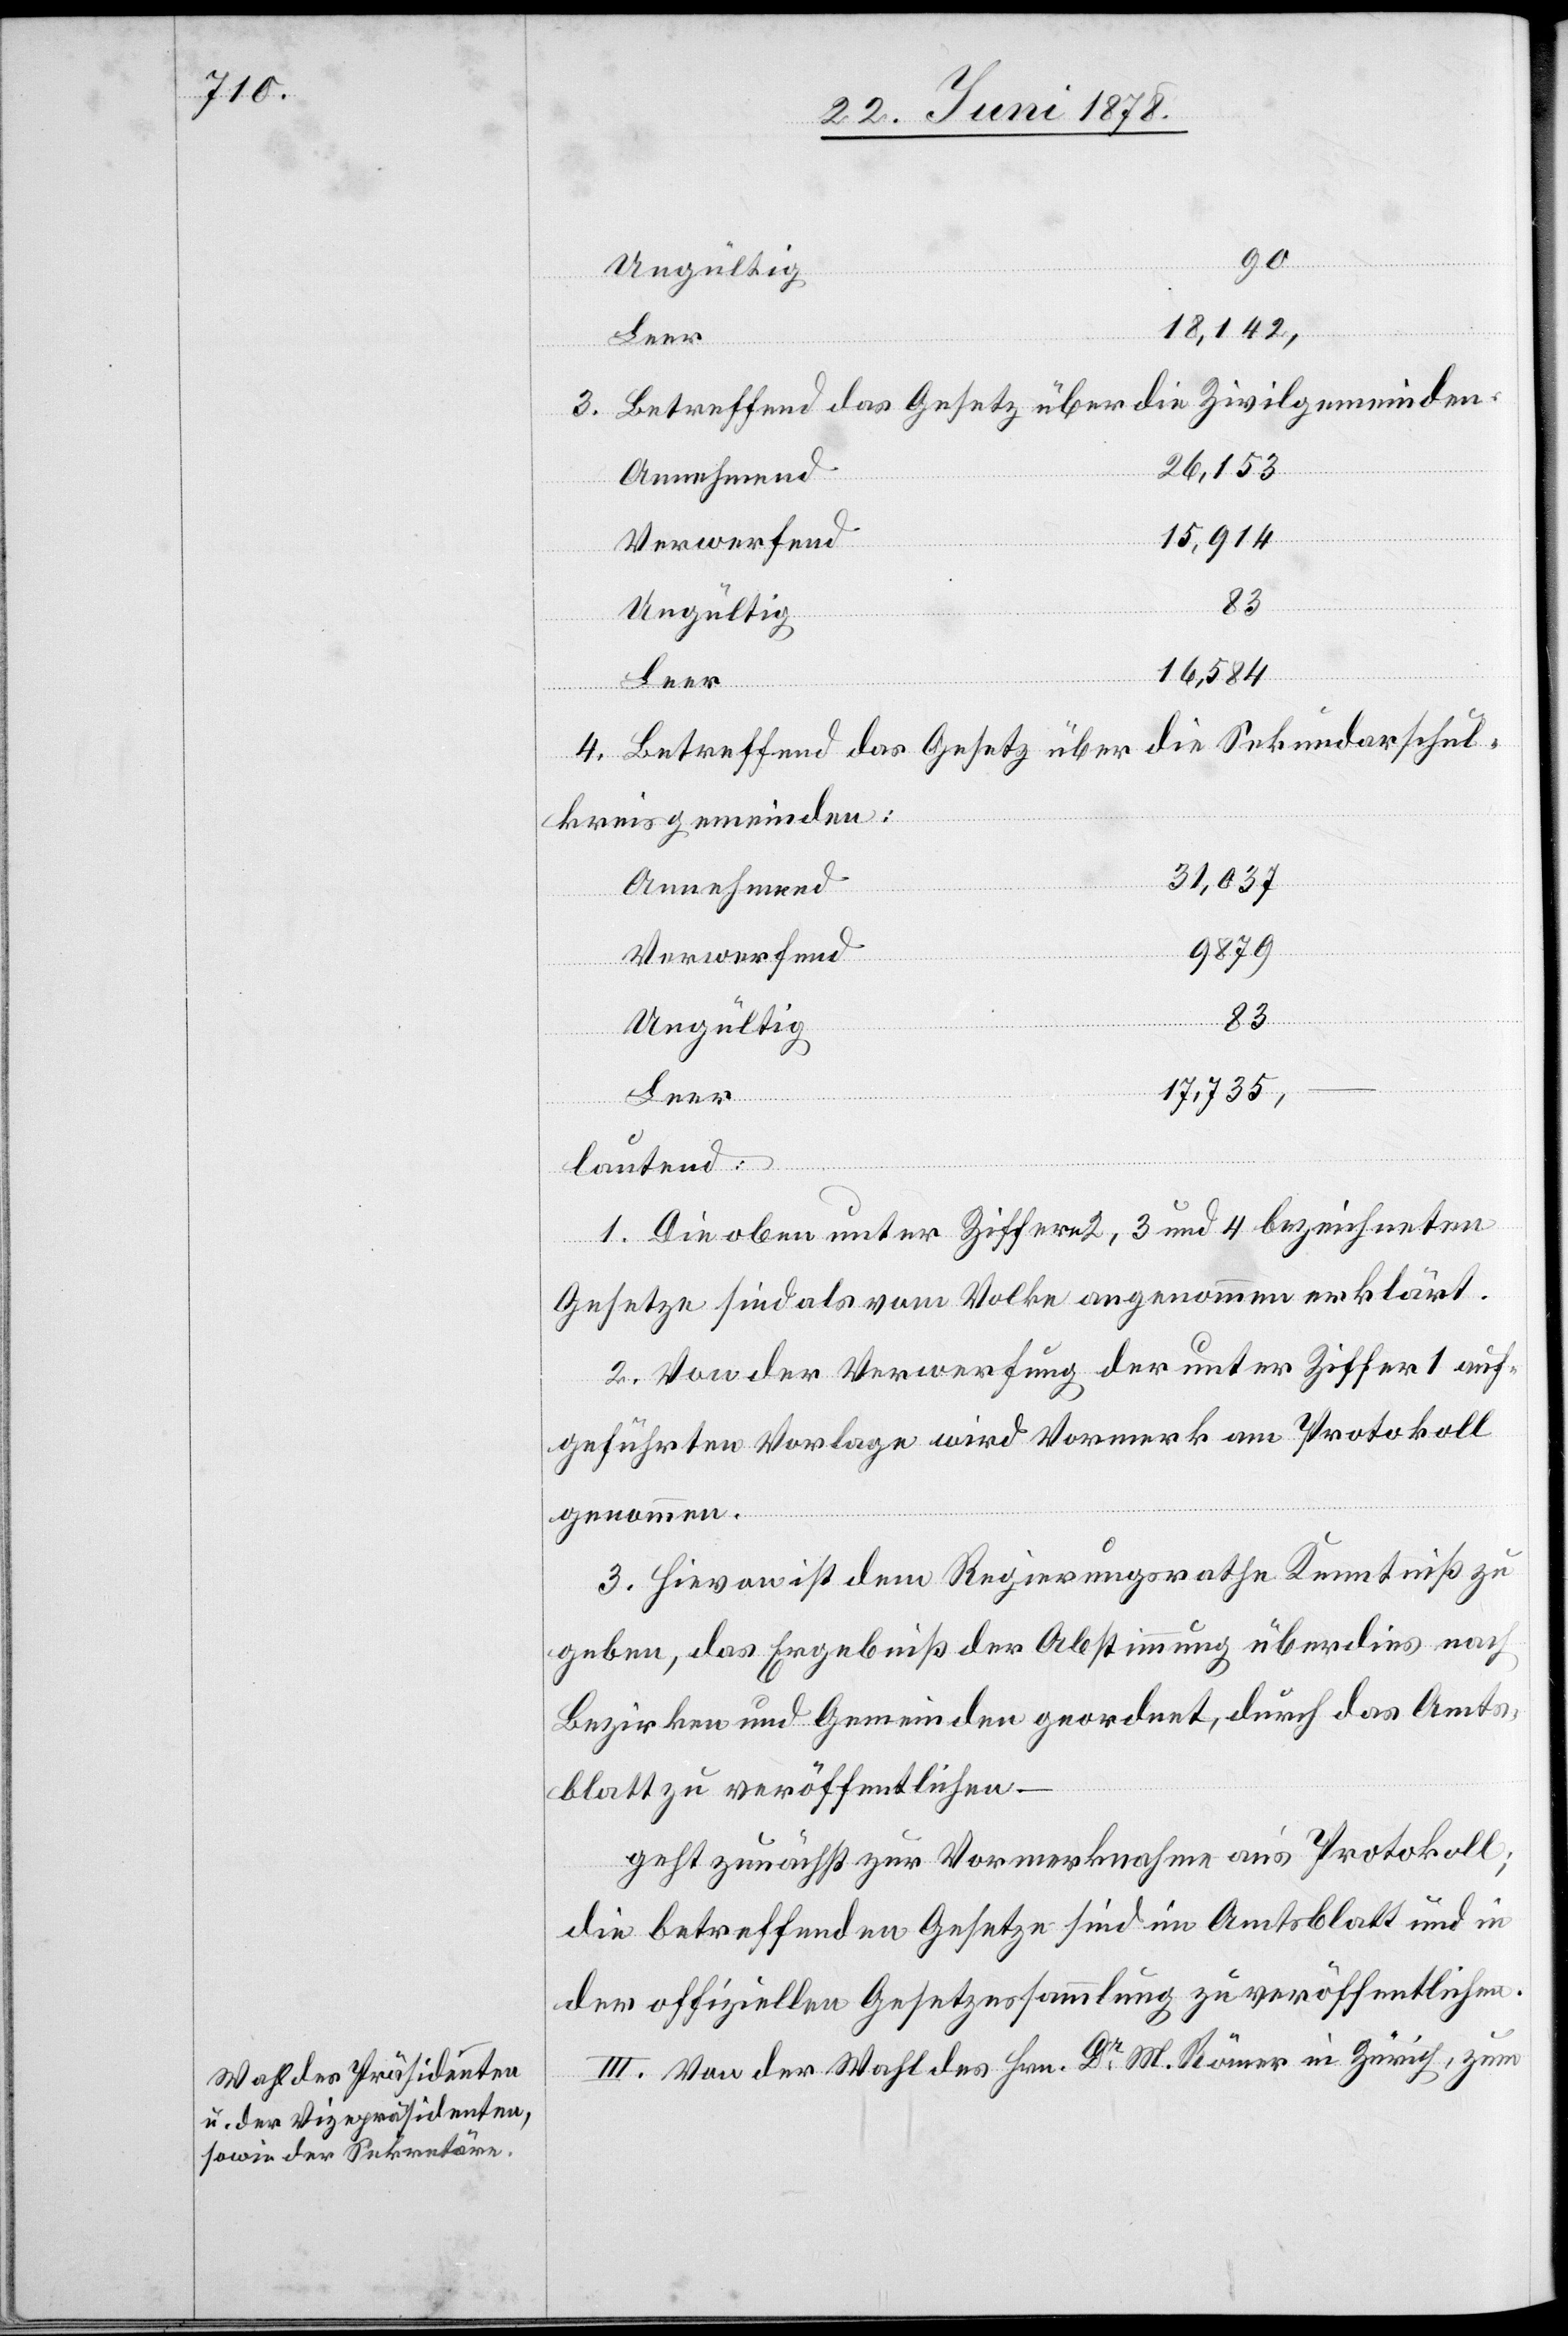
90
18,142,
Leer
3. Betreffend das Gesetz über die Zivilgemeinden:
26,153
15,914
Verwerfend
Ungültig
16,584
4. Betreffend das Gesetz über die Sekundarschul¬
kreisgemeinden:
31,037
Annehmend
9879
83
17,735,
[Fortsetzung
lautend:
1. Die oben unter Ziffern 2, 3 und 4 bezeichneten
Gesetze sind als vom Volke angenommen erklärt.
2. Von der Verwerfung der unter Ziffer 1 auf¬
geführten Vorlage wird Vormerk am Protokoll
genommen.
3. Hievon ist dem Regierungsrathe Kenntniß zu
geben, das Ergebniß der Abstimmung überdies nach
Bezirken und Gemeinden geordnet, durch das Amts¬
blatt zu veröffentlichen –
geht zunächst zur Vormerknahme an’s Protokoll;
die betreffenden Gesetze sind im Amtsblatt und in
der offiziellen Gesetzessammlung zu veröffentlichen.
III. Von der Wahl des Hrn. Dr M. Römer in Zürich, zum